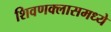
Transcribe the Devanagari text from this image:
शिवणक्लासमध्ये